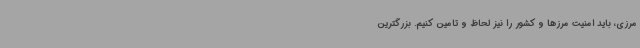
مرزی، باید امنیت مرزها و کشور را نیز لحاظ و تامین کنیم. بزرگترین